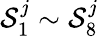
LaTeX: \mathcal{S}_{1}^{j}\sim\mathcal{S}_{8}^{j}